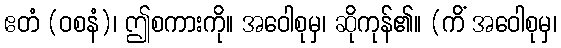
ဧတံ (ဝစနံ)၊ ဤစကားကို။ အဝေါစုမှ၊ ဆိုကုန်၏။ (ကိံ အဝေါစုမှ၊